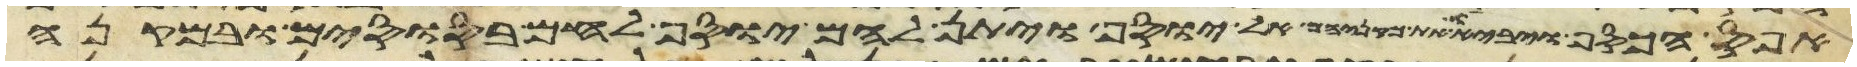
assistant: אפס הכסף ויביאו את מקניהם אל יוסף ויתן להם יוסף לחם בסוסים ובמקנה